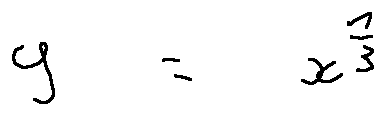
y = x ^ { \frac { 1 } { 3 } }